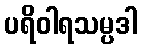
ပရိဝါရသမ္ပဒါ